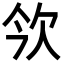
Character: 欦